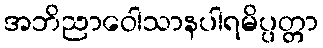
အဘိညာဝေါသာနပါရမိပ္ပတ္တာ